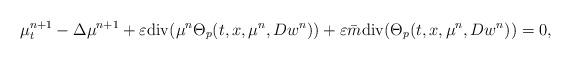
LaTeX: \begin{align*}\mu^{n+1}_{t}-\Delta\mu^{n+1}+\varepsilon\mathrm{div}(\mu^{n}\Theta_{p}(t,x,\mu^{n},Dw^{n}))+\varepsilon\bar{m}\mathrm{div}(\Theta_{p}(t,x,\mu^{n},Dw^{n}))=0,\end{align*}